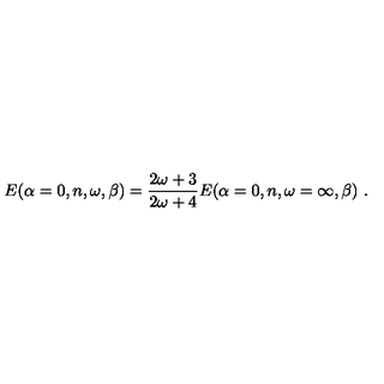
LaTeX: E ( \alpha = 0 , n , \omega , \beta ) = \frac { 2 \omega + 3 } { 2 \omega + 4 } E ( \alpha = 0 , n , \omega = \infty , \beta ) \ . \